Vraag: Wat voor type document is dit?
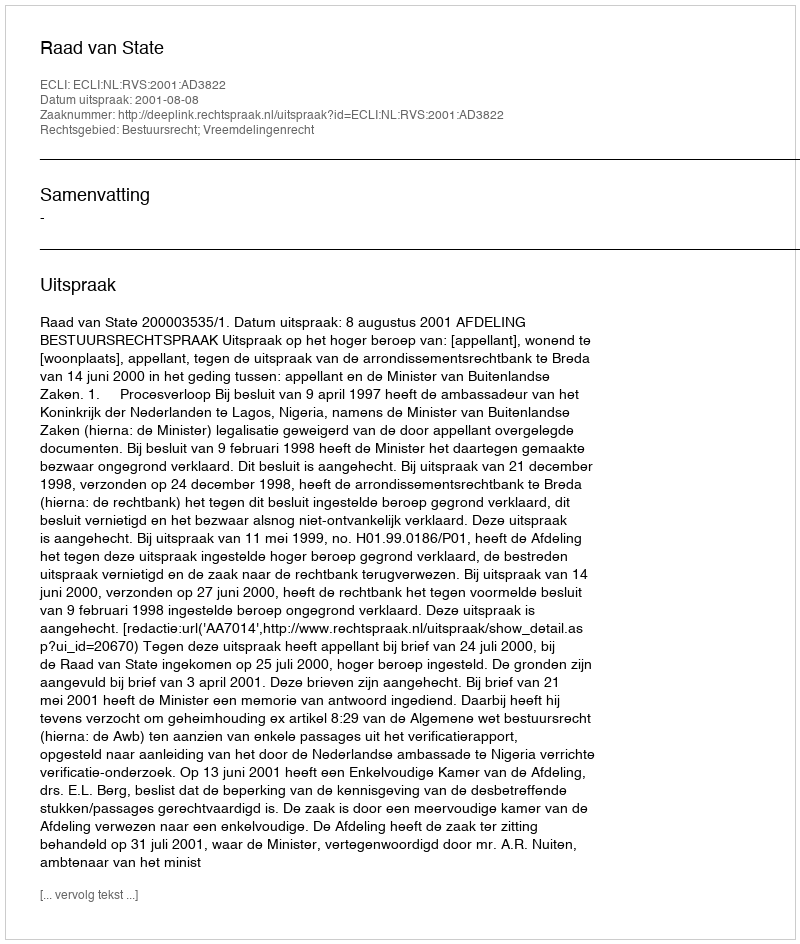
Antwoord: Uitspraak